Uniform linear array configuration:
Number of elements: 64
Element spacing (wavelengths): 0.75
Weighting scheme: exponential
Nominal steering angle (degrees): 60
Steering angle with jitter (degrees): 60.827
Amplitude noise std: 0.05
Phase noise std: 0.05

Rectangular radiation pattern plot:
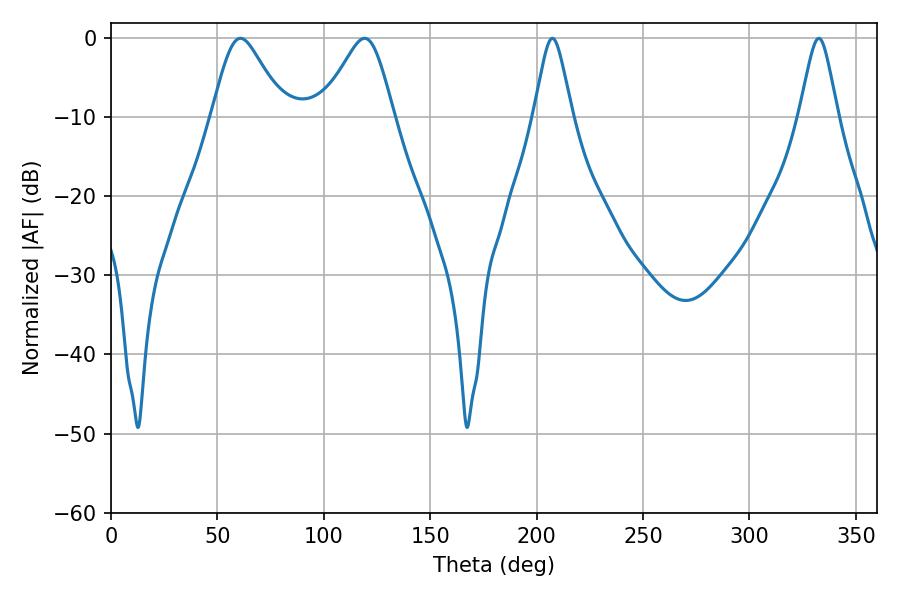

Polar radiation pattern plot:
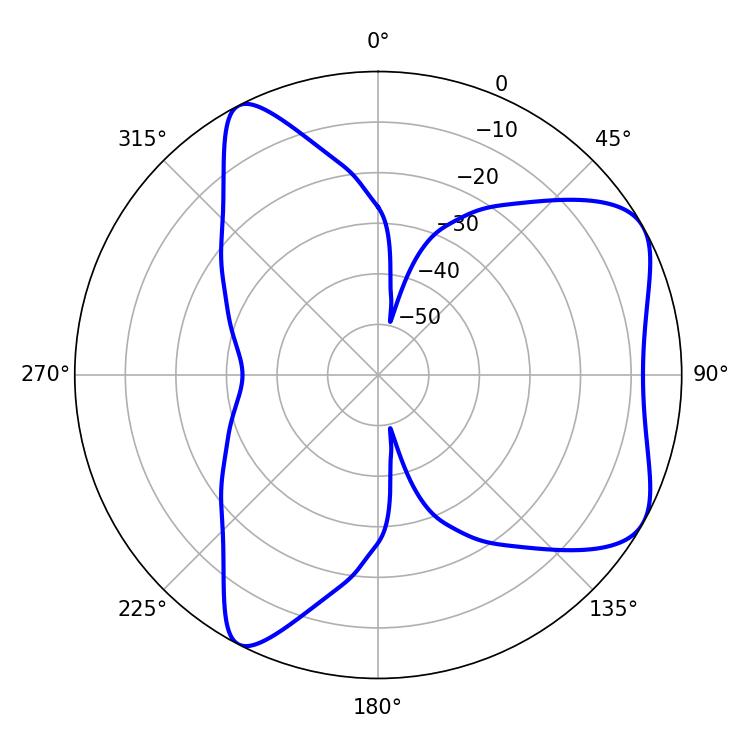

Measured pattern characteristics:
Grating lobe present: TRUE
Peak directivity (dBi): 6.321
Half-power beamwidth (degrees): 16.38
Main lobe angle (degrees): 60.84